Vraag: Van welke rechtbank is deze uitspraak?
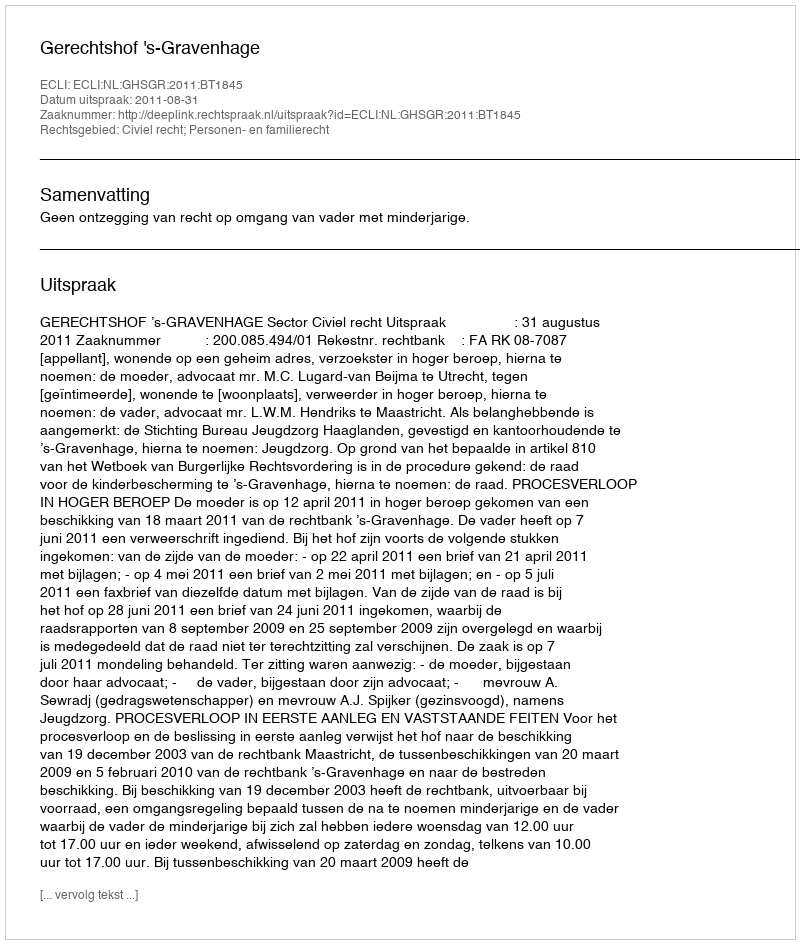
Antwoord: Gerechtshof 's-Gravenhage